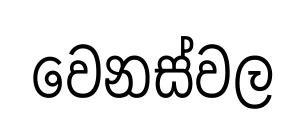
වෙනස්වල